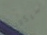
سيكون